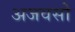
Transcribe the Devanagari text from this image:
अजवसो